Vabadussoja_Ajaloo_Komitee, lk 58
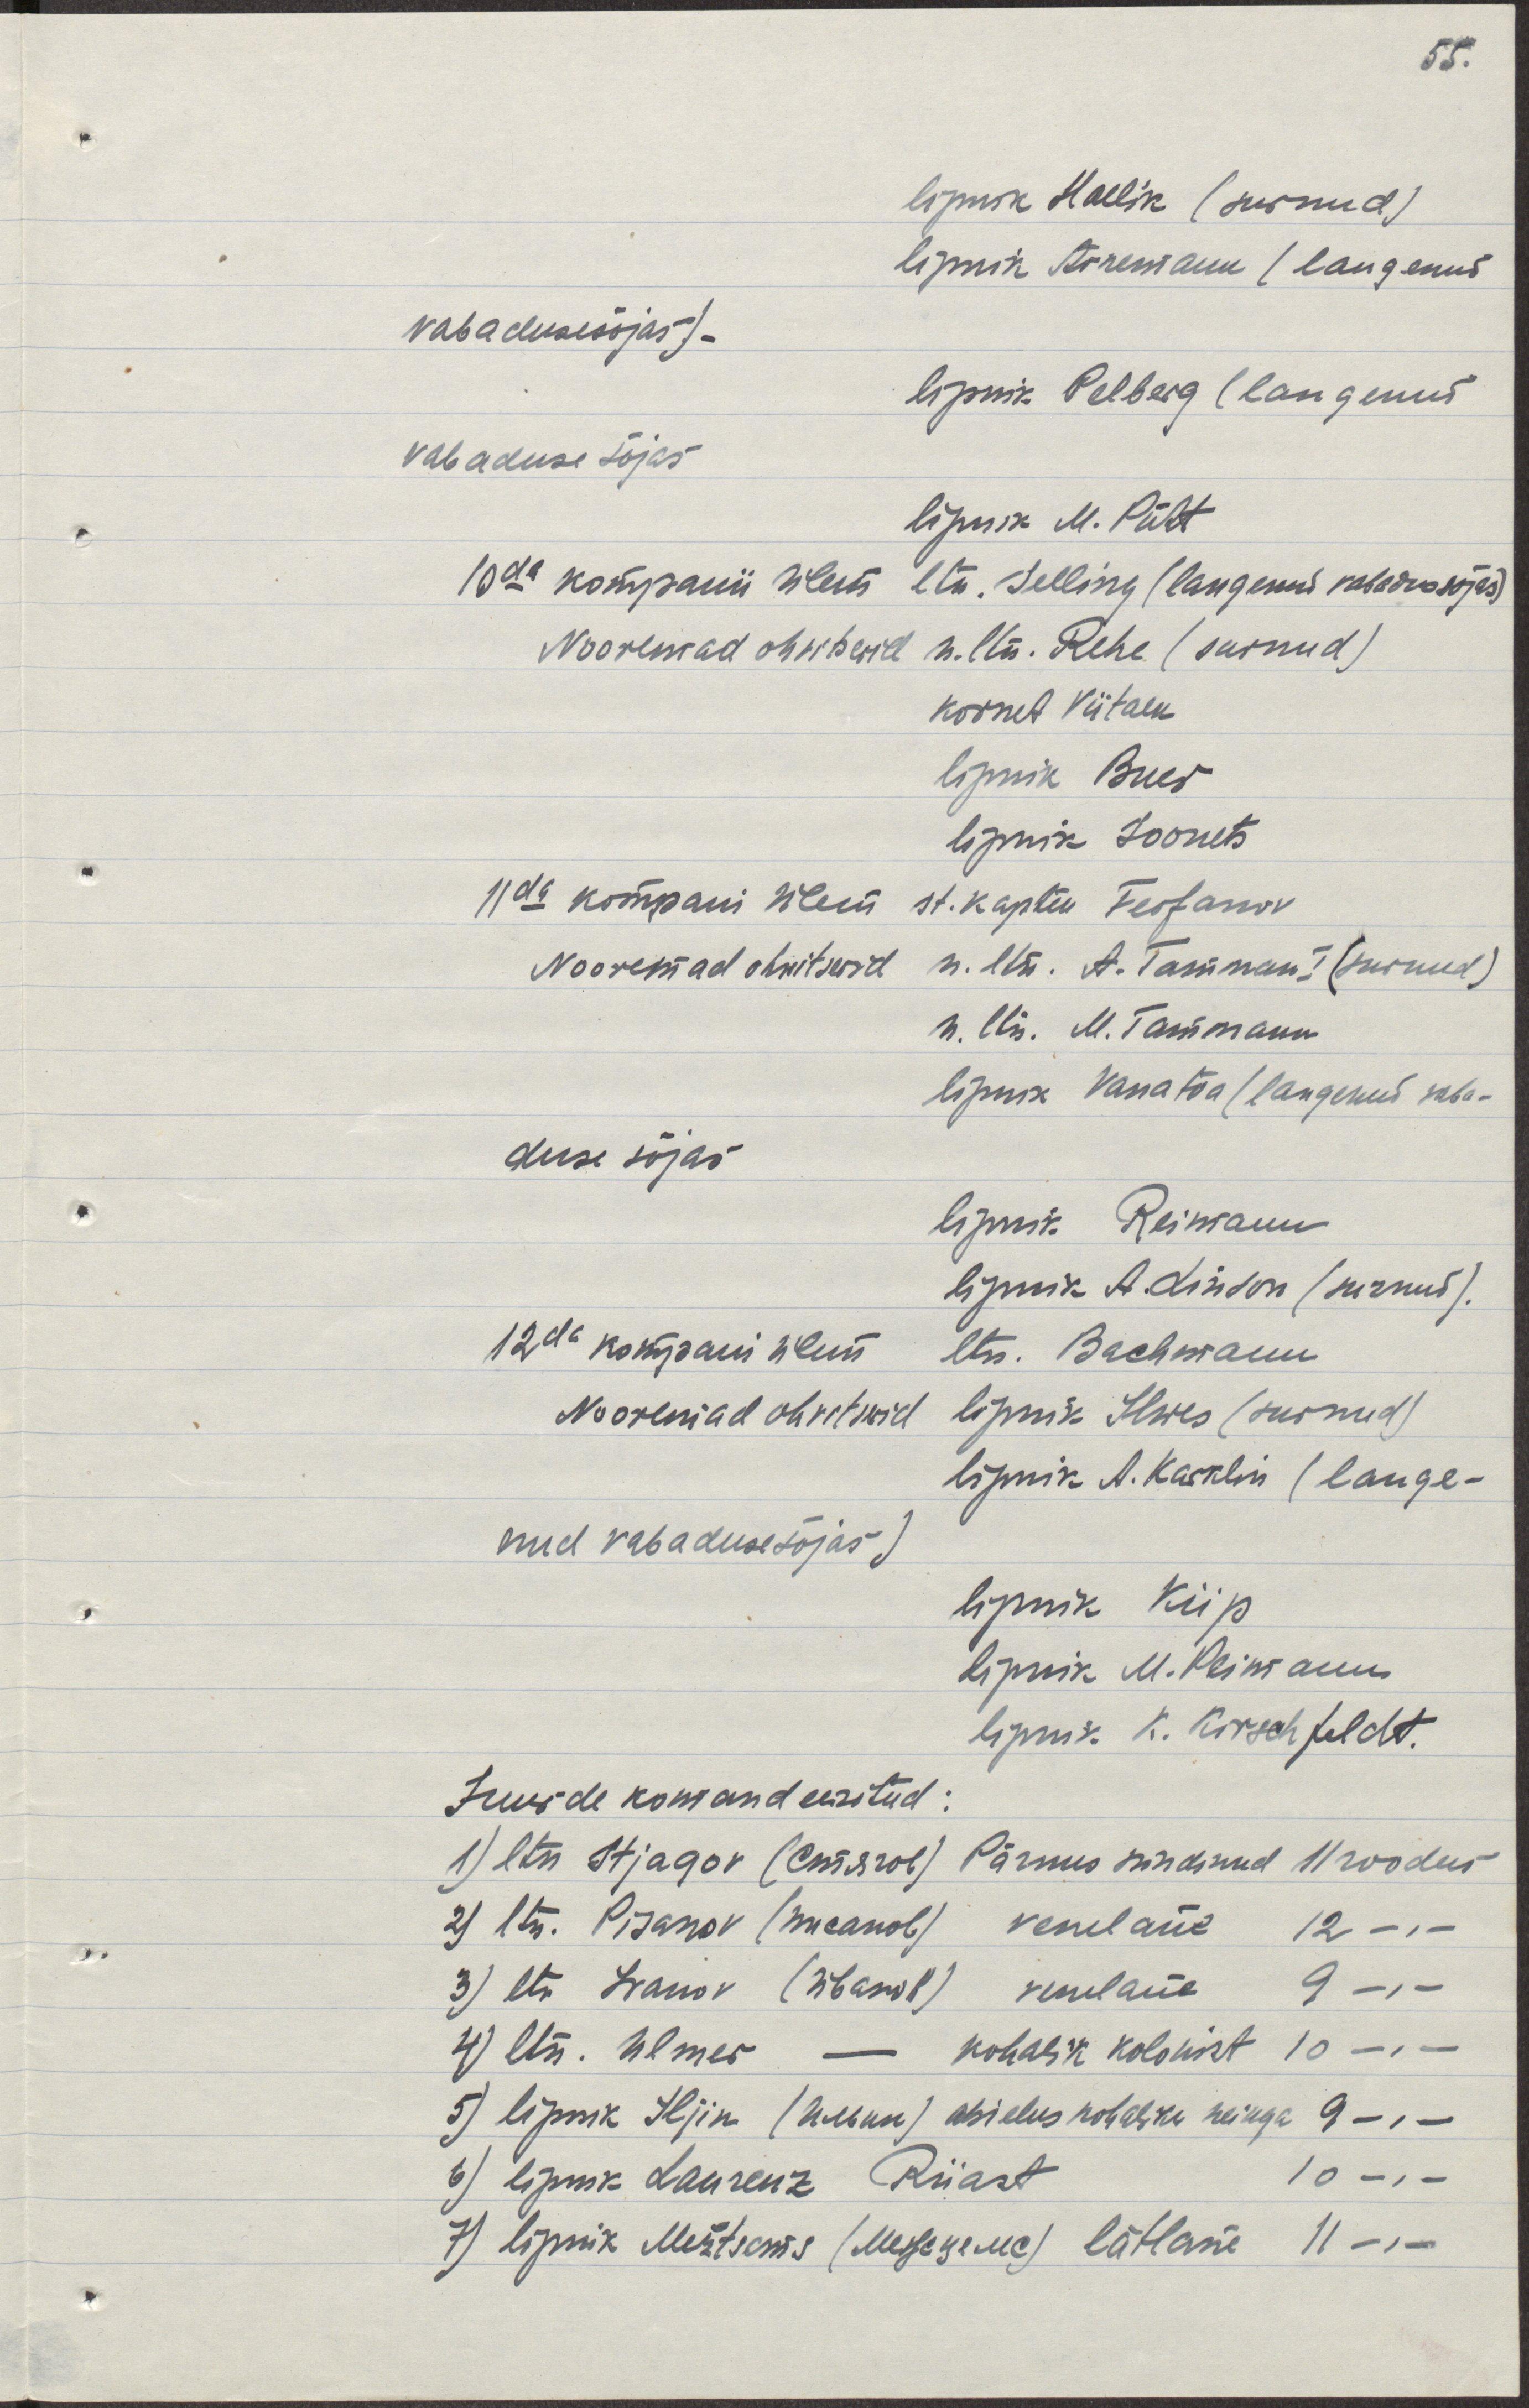
lipnik Hallik (surnud)
lipnik Arnemann (langenud
vabadusesõjas).
lipnik Pelberg  (langenud
vabaduse sõjas
lipnik M. Pült
10da kompanii ülem ltn. Selling (langenud vabadusesõjas)
nooremad ohvitserid n. ltn. Rehe (surnud)
kornet Viitalk
lipnik Buer
lipnik Soonets
11da  kompani ülem st. kapten Feofanov
Nooremad ohwitserid n. ltr. A. Tamman I (surnud)
n. ltn. M. Tammann
lipnik Vanatoa (langenud vaba-
duse sõjas
lipnik Reimann
lipnik  A. Linson (surnud).
12da kompani ülem ltn. Bachmann
Nooremad ohvitserid lipnik Ilwes (surnud)
lipnik A. Kasklin (lange-
nud vabadusesõjas)
lipnik Kiip
lipnik M. Peimann
lipnik. K. Kirschfeldt.
Juurde komandeeritud:
1) ltn Stjagov (Стягов) Pärnus sündinud 11 roodus
2) ltn Pisanov (писанов) venelane 12 -,-
3) ltn.  Ivanov (Иванов) venelane 9 -.-
4) ltn. Ulmer - kohalik kolonist 10 -,-
5) lipnik Iljin (Ильин) abielus kohaliku neiuga 9 -,-
6) lipnik Laurenz Riiast 10 -, -
7) lipnik Mežtsems (Межцемс) lätlane 11 -,-